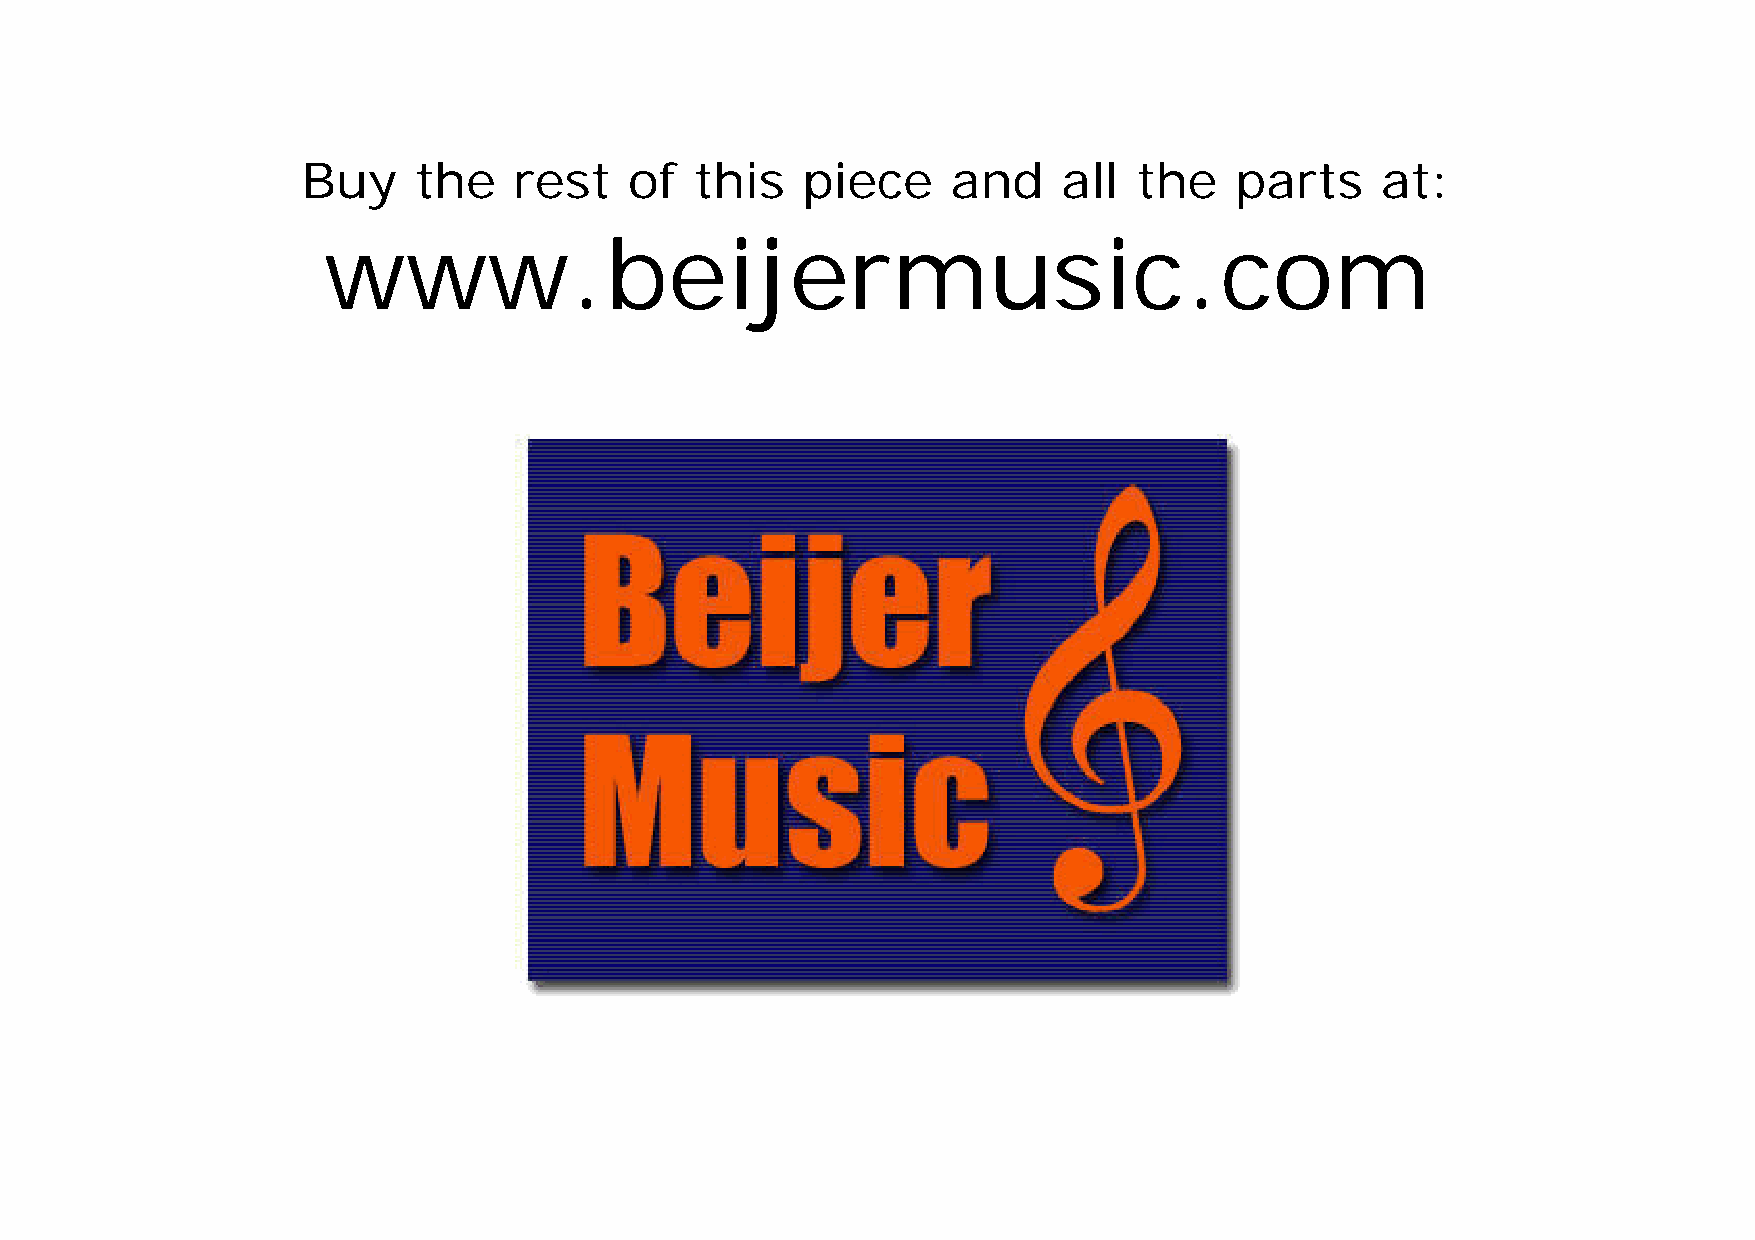
Buy    the    rest    of  this   piece     and    all  the    parts    at:
 www.beijermusic.com